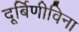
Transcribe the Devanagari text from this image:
दूर्बिणीविना